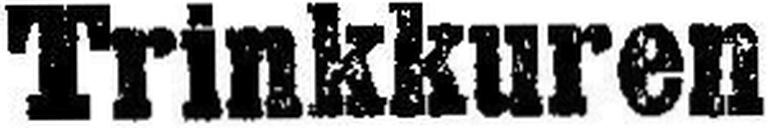
Trinkkuren